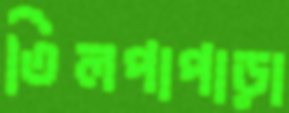
তিলপাপাড়া